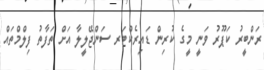
ރަންބީރު ކަޕޫރު ވަނީ މީގެ ކުރިން ޑައިރެކްޓަރ ސަންޖޭލީލާ އަށް ތަފާތު ފިލްމްތައް